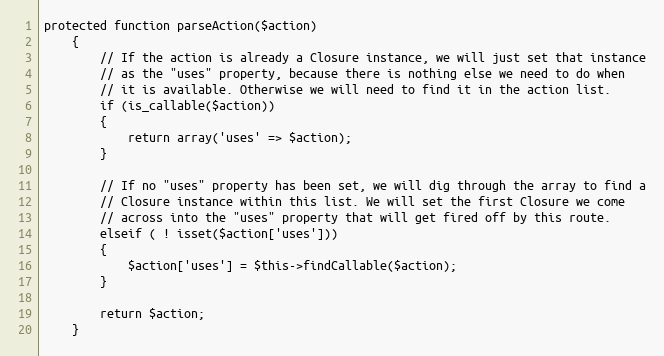
Language: PHP
protected function parseAction($action)
	{
		// If the action is already a Closure instance, we will just set that instance
		// as the "uses" property, because there is nothing else we need to do when
		// it is available. Otherwise we will need to find it in the action list.
		if (is_callable($action))
		{
			return array('uses' => $action);
		}

		// If no "uses" property has been set, we will dig through the array to find a
		// Closure instance within this list. We will set the first Closure we come
		// across into the "uses" property that will get fired off by this route.
		elseif ( ! isset($action['uses']))
		{
			$action['uses'] = $this->findCallable($action);
		}

		return $action;
	}